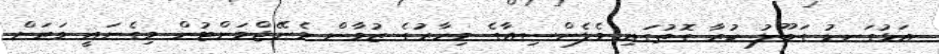
އަޅުގަނޑު ގަބޫލު ކުރާ ގޮތުގައި ވެލެންސިއާގެ މިހާރުގެ ޒުވާން މެނޭޖްމަންޓުން މިގެނައީ ވަރަށް